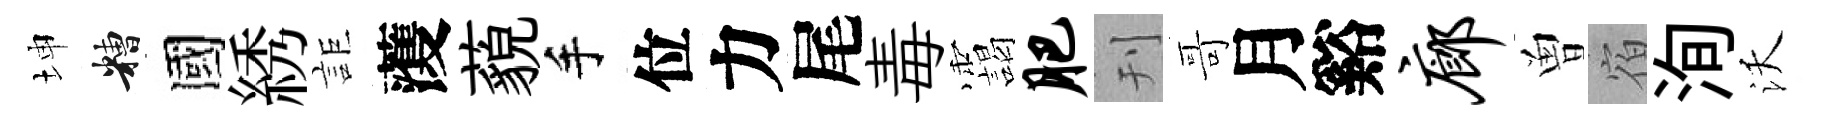
坤糟國綉詎𮑮藐手位力尾毒靄肥刊哥月谿廊曽宿洵沃